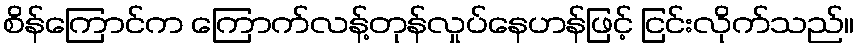
စိန်ကြောင်က ကြောက်လန့်တုန်လှုပ်နေဟန်ဖြင့် ငြင်းလိုက်သည်။